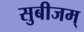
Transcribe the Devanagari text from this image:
सुबीजम्